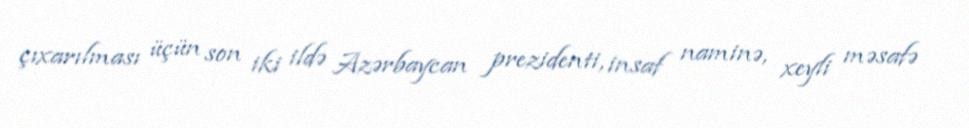
çıxarılması üçün son iki ildə Azərbaycan prezidenti, insaf naminə, xeyli məsafə